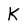
Character: k